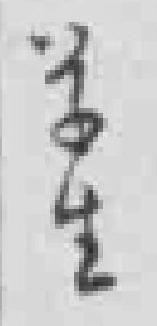
学生